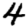
Digit: 4